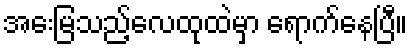
အေးမြသည့်လေထုထဲမှာ ရောက်နေပြီ။